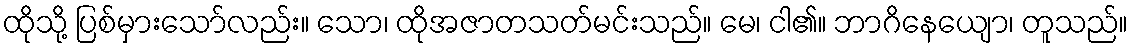
ထိုသို့ ပြစ်မှားသော်လည်း။ သော၊ ထိုအဇာတသတ်မင်းသည်။ မေ၊ ငါ၏။ ဘာဂိနေယျော၊ တူသည်။